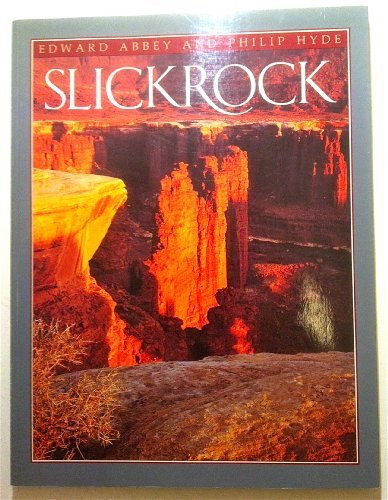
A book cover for SLICKROCK; Edward Abbey; Travel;